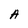
Character: A